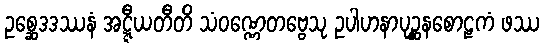
ဥစ္ဆေဒဒဿနံ အဋ္ဋီယတီတိ သံဝဏ္ဏေတဗ္ဗေသု ဥပါဟနာပုဉ္ဆနစောဠကံ ဖဿ